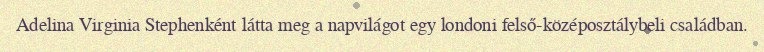
Adelina Virginia Stephenként látta meg a napvilágot egy londoni felső-középosztálybeli családban.